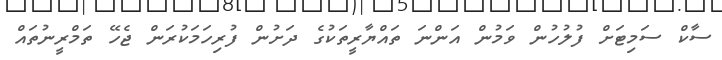
ސާކް ސަމިޓަށް ފުލުހުން ވަމުން އަންނަ ތައްޔާރީތަކުގެ ދަށުން ފުރިހަމަކުރަން ޖެހޭ ތަމްރީނުތައް